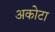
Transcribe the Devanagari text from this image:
अकोटा